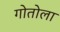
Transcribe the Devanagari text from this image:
गोतोला